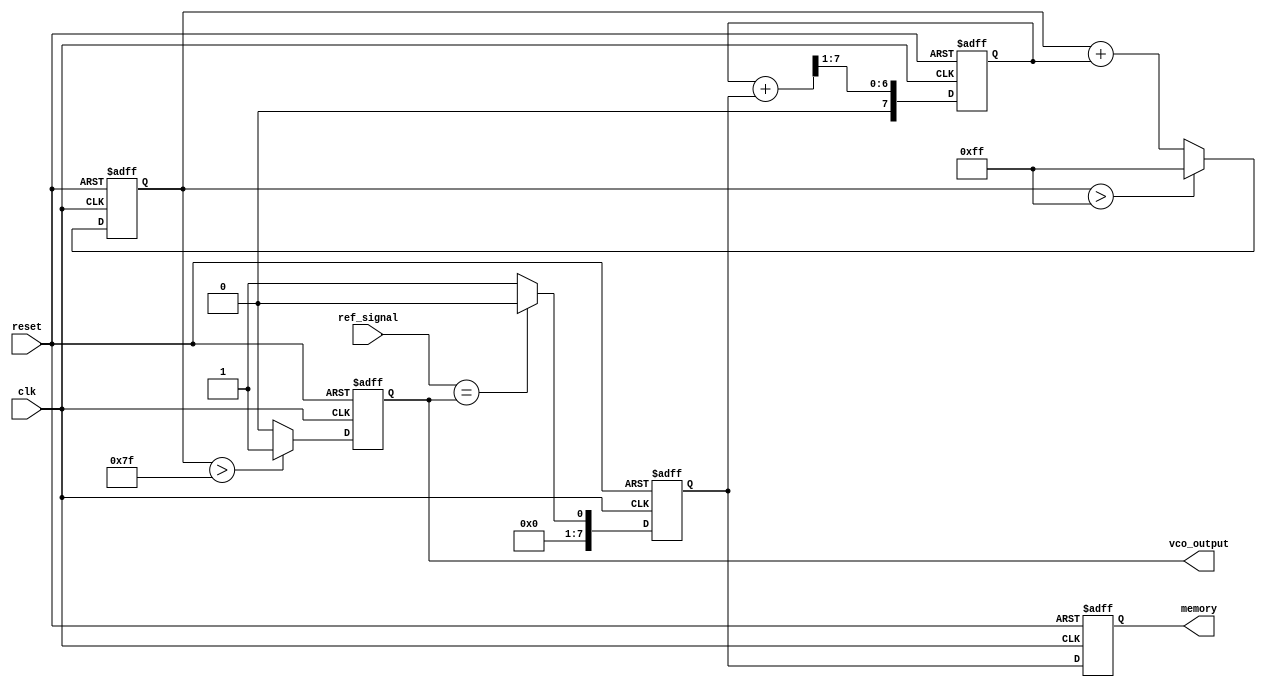
module DPLL (
    input wire clk,                  // System clock
    input wire reset,                // Reset signal
    input wire ref_signal,           // Reference signal
    output reg vco_output,           // Output signal from VCO
    output reg [7:0] memory          // Memory block to store phase information
);

// Parameters
parameter PHASE_DETECTOR_WIDTH = 8;  // Width of phase detector output
parameter LOOP_FILTER_WIDTH = 8;      // Width of loop filter output
parameter VCO_MAX_FREQ = 255;         // Max frequency for VCO (example)

// Internal signals
reg [PHASE_DETECTOR_WIDTH-1:0] phase_error; // Phase error signal from PD
reg [LOOP_FILTER_WIDTH-1:0] filtered_error; // Filtered error signal
reg [7:0] vco_frequency;                // Frequency control for VCO

// Phase Detector (PD)
always @(posedge clk or posedge reset) begin
    if (reset) begin
        phase_error <= 0;
    end else begin
        // Simple phase detector implementation
        // Compare reference signal and vco_output for phase error
        phase_error <= (ref_signal == vco_output) ? 0 : 1;
    end
end

// Loop Filter
always @(posedge clk or posedge reset) begin
    if (reset) begin
        filtered_error <= 0;
    end else begin
        // Simple low-pass filter implementation (1st order)
        filtered_error <= (filtered_error + phase_error) >> 1; // Averaging
    end
end

// Voltage-Controlled Oscillator (VCO)
always @(posedge clk or posedge reset) begin
    if (reset) begin
        vco_frequency <= 0;
        vco_output <= 0;
    end else begin
        // Update VCO frequency based on filtered error
        vco_frequency <= vco_frequency + filtered_error;
        if (vco_frequency > VCO_MAX_FREQ) begin
            vco_frequency <= VCO_MAX_FREQ; // Limit max frequency
        end
        // Generate VCO output based on the frequency
        vco_output <= (vco_frequency > (VCO_MAX_FREQ >> 1)) ? 1'b1 : 1'b0; // Simple toggle
    end
end

// Memory Block
always @(posedge clk or posedge reset) begin
    if (reset) begin
        memory <= 8'b0; // Clear memory on reset
    end else begin
        // Store phase information (this can be modified for specific need)
        memory <= {memory[6:0], phase_error}; // Shift in new phase error (FIFO-like behavior)
    end
end

endmodule